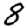
Digit: 8